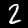
Label: 2